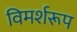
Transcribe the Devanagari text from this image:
विमर्शरूप